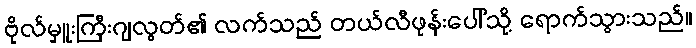
ဗိုလ်မှူးကြီးဂျလွတ်၏ လက်သည် တယ်လီဖုန်းပေါ်သို့ ရောက်သွားသည်။